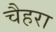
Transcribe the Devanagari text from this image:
चैहरा